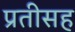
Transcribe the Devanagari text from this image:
प्रतीसह